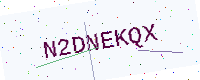
Text: N2DNEKQX